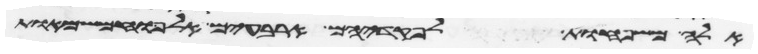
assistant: אלה משפחות גד לפקדיהם ארבעים אלף וחמש מאות